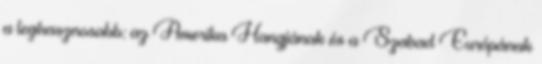
a leghasznosabb: az Amerika Hangjának és a Szabad Európának